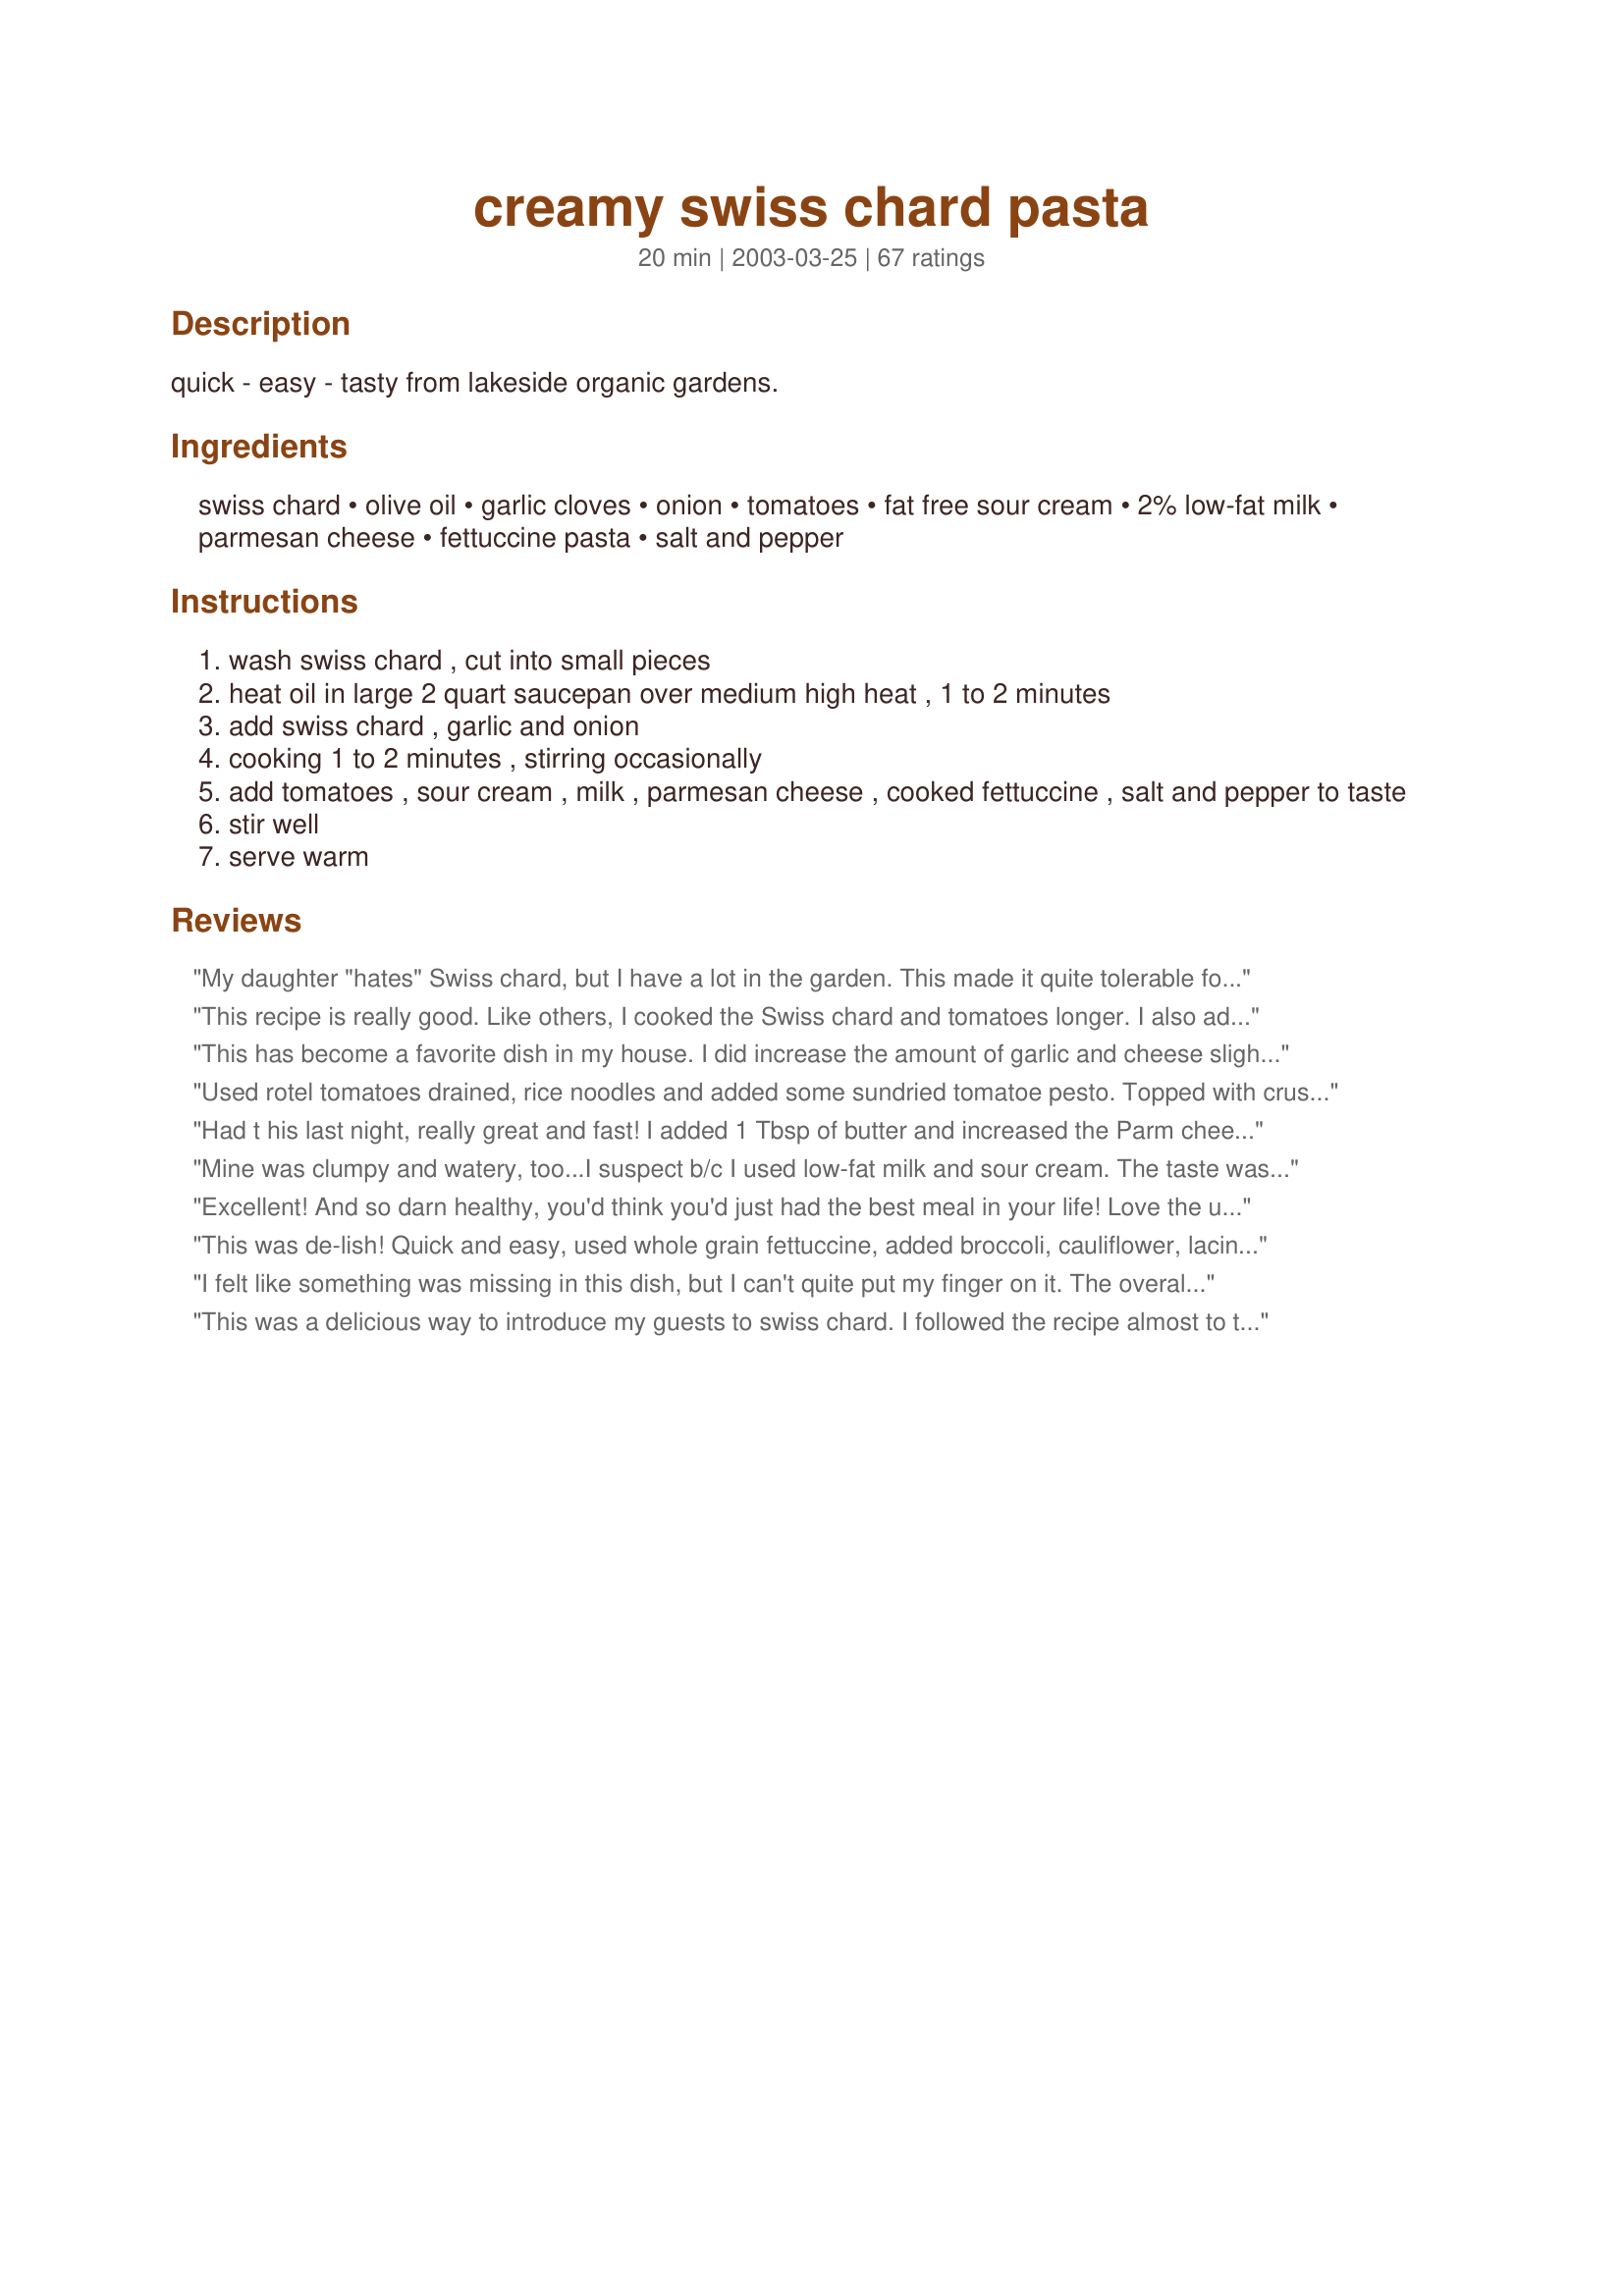
creamy swiss chard pasta
Preparation time: 20 minutes

quick - easy - tasty from lakeside organic gardens.

Ingredients:
swiss chard, olive oil, garlic cloves, onion, tomatoes, fat free sour cream, 2% low-fat milk, parmesan cheese, fettuccine pasta, salt and pepper

Steps:
wash swiss chard , cut into small pieces
heat oil in large 2 quart saucepan over medium high heat , 1 to 2 minutes
add swiss chard , garlic and onion
cooking 1 to 2 minutes , stirring occasionally
add tomatoes , sour cream , milk , parmesan cheese , cooked fettuccine , salt and pepper to taste
stir well
serve warm

Reviews:
My daughter "hates" Swiss chard, but I have a lot in the garden. This made it quite tolerable for her! and the rest of us enjoyed it a lot! I used canned tomatoes (none in the garden yet...) and no milk. Used vegan sour cream as I had that on hand. Didn't measure too closely. Oh, and I kept the stems of the chard (chopped finely) - sauteed them with the onion for a little before adding anything else. I think the burner should be turned off before adding the sour cream...
This recipe is really good. Like others, I cooked the Swiss chard and tomatoes longer. I also added extra cheese. I also added a little bit of prosciutto ham which I thought was a good addition (I should note that I love prosciutto). I will definitely make this again,
This has become a favorite dish in my house. I did increase the amount of garlic and cheese slightly. A very easy and quick recipe to make and an easy way to get more dark, leafy greens into your family!
Used rotel tomatoes drained, rice noodles and added some sundried tomatoe pesto. Topped with crushed red pepper!
Had t his last night, really great and fast! I added 1 Tbsp of butter and increased the Parm cheese to 1/3 cup to level out the tanginess. Used 1/2 yogurt and 1/2 sour cream, whisked them w/ the cheese and then slowly added to the swiss chard mixture to keep sauce from breaking.
Mine was clumpy and watery, too...I suspect b/c I used low-fat milk and sour cream. The taste was good, though.
Excellent! And so darn healthy, you'd think you'd just had the best meal in your life! Love the use of swiss chard here, and the lovely use of fresh tomatoes! This is a great recipe that begs you to make it, and soon too! I followed this exactly, and seriously wouldn't change anything. Go ahead, enjoy all you want! Made for National Tomato Month, Diabetic Forum April 2012
This was de-lish! Quick and easy, used whole grain fettuccine, added broccoli, cauliflower, lacinato kale, extra onion and garlic. Hit the spot!
I felt like something was missing in this dish, but I can't quite put my finger on it. The overall effect was a little underwhelming. Maybe the tomatoes I used weren't good enough quality. Maybe it would have helped to add the dairy separately or something. Points for being easy and healthy though! Probably won't make this one again
This was a delicious way to introduce my guests to swiss chard. I followed the recipe almost to the letter, though I used "European style" yogurt instead of sour cream. I found it was a little too watery, so next time I might add more yogurt (sour cream) and less milk. Thanks for sharing a winner!
Yummy, I made this tonight for dinner and it was soooooo good.I used chard and roasted tomatoes from my freezer. The combination of flavors is terrific. It's also a quick dinner to put together. Will go in my meal rotation.
I'm sorry but I had to make so many changes that my review would not be fair.<br/><br/>I am at about 97 percent of always making any recipe exactly as written the first time.<br/><br/>I could not do it with this one. <br/><br/>First, about the Swiss Chard, harvested from my garden 10 min before cooking. I cooked it more than three times longer than suggested. It was still a bit tough. and yes, it was harvested at a young age.<br/><br/>Next, I only had full fat sour cream, and I am very happy that is what I used.<br/><br/>I'm no going to go into any more detail. <br/><br/>I totally appreciate the bones of this recipe, so it does deserve at least a 4. <br/><br/>Next time, in addition to the changes above, I will precook the chard, continue to use full fat sour cream and 4%milk.<br/><br/>I honestly don't know why the chard insists on becoming clumps, but mine did as well, despite efforts to prevent that.<br/><br/>Overall, I really did appreciate this recipe, a brand new idea for me and great thinking on the part of the creator of the recipe.
We really enjoyed this. What a great way to use swiss chard. I used tomatoes fresh from the garden! We will definitely have it again and I will play with some additional spices/flavorings
Delicious! I used penne because that is what I had and added some red pepper flakes. I served it as a side dish.
I loved this. I used red chard instead of swiss and 7% sour cream instead of fat free but followed the recipe otherwise. This will be made often at my house.
Delightful change. Slightly creamy (I used 1/8 of cup sour cream and 1/4 cup of whole milk) packed with a slight onion-garlic vege crunch. Thank you for this recipe, it was worth a try. Yum.
I thought it was rather bland.
I was pleasantly surprised with this recipe. I've never had swiss chard before and a friend gave me some out of his garden so I wanted to try it & this recipe fit the bill. The only thing I did different was add shrimp because I had some in the fridge that I needed to cook up. DH said it was OK but he didn't care for "the green stuff". Oh well can't please everyone:-)
Nice simple, tasty recipe. The longer it cooks, the better it tastes. Yum! and Thank you! Oh, I must mention used greek yogurt instead of sour cream...i&#039;m addicted! Dont&#039; forget the salt and pepper!
I goofed and measured the chard AFTER I took the vein out - there was a TON of it! I had to add more sauce as a result, but the taste was out of this world.
I love this pasta dish! I did cook the chard a little longer than called for and the tomatoes too. All the flavors tasted great and it looked so pretty! I added just a little more sour cream too. Thanks for a dish I will definately make again!!!
This was GREAT! My husband, kids and I loved it. I used greek yogurt, and added extra parmesan on top at the table. Thank you for this healthier, yet super tasty pasta dish. It is now a staple meal for us.
Good idea and the veggies turned out great. However, the sauce was a disaster for me. The cheese stayed in stringy clumps and the yogurt just fell apart into liquid and chunks. Next time I would use a Bechemel sauce base and melt cheese into it.
I messed up but it still came out fantastic! I didn't realize I ran out of sour cream so I freaked! I had already chopped everything so I found some cream cheese and table cream in my fridge. I softened 4 oz. of cream cheese and mixed in about 1/2 c. cream till smooth. I did use my stalks cause I had a mix of bright lights chard (orange, yellow, red) to pretty to not use. I chopped stems up fine and cooked them with onion and garlic for about 5 min first. I put in a little of the pasta water to help steam them through. Then I added the chopped green parts and also added a couple of tablespoons pasta water and steamed those. Threw in tomatoes with some s & p. Then tossed in the pasta with another ladle or so full of pasta water (helps thicken sauce) Stirred in about 3/4 c. parmesan cheese and then added cream cheese/table cream mix and stirred completely. I used some bowtie pasta since I didnt have fettuccine and I ended up with a super rich and creamy sauce. We loved it and I would make it this way again--but first I would love to try the original way and plan to very soon. Thanks for a recipe using chard. It is one of my favorite veggies! A+++++++
I am going to say that I liked this dish, but did not love it. My husband who is really picky tried it but was unhappy with no meat and was freaked out by the chard. It was our first time eating it. If I ever get to make it again I am going to leave out the leafy part of the swiss chard I felt like it just clumped up in the cheese. Overall I think this is a pretty good summer pasta recipe.
Delicious recipe! I was not sure what to do when I got Swiss chard in my CSA bin, but this was fabulous, my husband asked to add it to our meal rotation. I used Greek yogurt and topped it with grilled chicken.
This is my new favourite way to use up all the swiss chard in my garden! I used the stems too and didn't even chop them all that small. I doubled the garlic and added it at the end of the sauteing to keep it pungent. I didn't have tomatoes on hand so I used 2 tbsp of tomato paste instead. Still super tasty!
This was perfect we have a lot of swiss chard and what a great different way to use it thanks
Luv Luv Luv this dish! I&#039;m a vegan and have made this recipe many times, always with rave reviews from my guests. The substitutions I make are whole wheat farfalle (butterfly) pasta, vegan sour cream and vegan grated parmesan. In fact, it&#039;s become a comfort food for me!
Wonderful! I had some left over cooked bacon that I cut up and added toward the end of cooking. Used greek yogurt in place of sour cream and fresh tomatoes. Will make again for sure!
Good recipe. It was my first time using fettucine pasta - they are stunning ! I originally thought that 250g would not be enough to feed 4 people - we had almost too much !
This is a WONDERFUL way to make Swiss Chard. I used both the stem and leaf but chopped up the stem (like celery) and sauteed it for a while with the onion before adding the chopped leaves in toward the end (which cook up quickly like spinach). I made a double batch and the entire family - young and old - loved the result (as evidenced by the fact that every last bite was devoured!) Thank you Derf!
Absolutely delicious! I substituted heavy cream in place of the milk and added some fresh mushrooms. My family loved it!!
Tasty, versatile recipe! You can add some other veggies and make it even more interesting. I tried it with asparagus and yellow bell pepper (in addition to the chard). Yummy!!
Guess I goofed to as we did the same thing - weighed the 1 lb of chard after taking vein out. We used plain yogurt and should have added more sauce ingredients as definitely not creamy and the chard really gumped up. But will give it another shot as swiss chard has become a fav this harvest and this recipe quick and easy .
We loved this! Everything was perfect, this will definitely be going into my keeper file. Thanks for sharing!
I would give this recipe ten stars if I could....
The freshness of the sauteed chard and the addition of the tomatoes at the end are so incredible! I must admit that I used low-fat sour cream, added an extra clove of garlic (I am a junkie) and only had grape tomatoes but man alive was it delicious!!!! What a fantastic recipe! Thank you for sharing! Even my two year old daughter is gobbling it up! Yay!
I made this the other day because I had fresh swiss chard from our CSA box and had no idea what to do with it - it was delicious!! I gobbled it up! I loved that the tomatoes weren't cooked through (i'm not a fan of cooked tomatoes) ... You could add all kinds of other veggies to this too. Thanks for a keeper!
Yum! Will make this again! Everyone in our family loved it! Thanks!
I really liked this. It was a bit bland for me ( your mileage my vary ! ) so I added salt / pepper / hot pepper flakes and a good shake of curry powder on my portion. I used whole wheat pasta and I added a can of chickpeas to up the protein. This was SUPER EASY / QUICK / and HEALTHY. Surprisingly my picky 13 year old ate a whole bowl of this instead of a frozen pizza - I think the mild spice worked in his favor. Thanks I will be putting this in my regualr rotation
This is a great way to be introduced to swiss chard. Never had it before, but for some reason we decided to plant it in the garden. This was tasty and deliciousl.
very tasty. i didn't want the sauce to be wet so i used greek yogurt and only added enough heavy cream (it was what i had) to thin out the sauce. i added lemon juice and parsley. i used red chard. it did make the sauce pink-ish like a vodka sauce. i used whole wheat penne and added dried chili flake at the end. the husband really liked it an had seconds.
Although a very nice tasting dish, the sauce was a little thin. I think the next time I make it, I will omit the milk and add more cheese. Other than that, a very nice dish.
After reading the reviews, I decided to add some things to prevent it from turning out bland. I doubled the garlic, doubled the onion, added a chopped red bell pepper added 1 tablespoon of butter. We also used 1/2 yogurt and 1/2 sour cream. It still came out very bland and also very soupy. I won't make this one again.
From some reviews, it seems many don&#039;t know that cooking chard or beet greens, the key is to separate stem from leaf, and chop both into 1-inch pieces (learned from Rachel Ray). The stems need to be cooked 2-3 times longer than the leaves. In this recipe, I sauted the stems with the onion and garlic until tender, then added the leaves for 1-2 minutes. This is a good basic recipe, but IMO it was rather bland and needed something to give it a little &quot;snap&quot;. I added 2 tsp. lemon juice, 1 T. minced fresh basil, 1 tsp. salt, and 1/2 tsp. fresh ground pepper. This recipe lends itself to seasoning variation and is a definite keeper.
Easily veganized this recipe by substituting unsweetened soy milk for 2% milk and Tofutti sour cream for the result sour cream. I really liked it (4.5 stars) but my wife felt like it was missing a little something (maybe some lemon zest) and rates it a bit lower (3.5 stars).

This was an excellent way to use up some chard that we had no clue of what to do with. We'll likely try it again. Thanks so much!
Maybe I did something wrong, but the milk curdled the second I put it in. I think the tomatoes were acidic.
Lovely, simple dish that can be jazzed up or left as is. Thanks for another winner, Derf.
Loved it! I used red swiss chard after going to 2 stores and a veggie/fruit stand and that's all anyone had. I saw other's comments about a pink sauce. I didn't use any of the big veins or stem ( just the leaves ) and my sauce ended up the normal white color. I also added red pepper flakes at the end as other suggested and 2-3 extra cloves of garlic.
Made this dish for our once a week meatless meal. I used 1 lb of chard from my garden, but in the end result I should've used more cuz of the wilt factor & cuz I increased the amount of pasta. I made as directed except I added extra garlic & increased the sauce proportions. The sauce had a nice tangy flavor from the sour cream. Yummy recipe, Derf!
Excellent pasta dish, made half a recipe but added meatballs and feta cheese. Used fresh chard from the garden, I only had ten stocks and DH wishes more next time.
This is a fantastic recipe! Easy, quick, and absolutely delicious! I highly recommend it :)
This is my first time rating or trying a recipe from this site so please bare with me. This is a great pasta entree! My grandchildren thought it was delicious and asked for seconds so it was a huge success at dinner tonight. Thank you for this one!
I joke that if the DH wants it again, it's a 5 star review. No joking. This was amazing. After reading all the reviews I was really worried about the clumping of the chard. (Also, it was my first time cooking/eating chard.) After making this dish, I'm of the belief that the reviewers who experienced "clumping" cooked the chard too long initially. I can really see how that could happen. This recipe was so easy, fun to make and fairly healthy! I served it with some garlic bread. Sooo yummy!
delicious. I did however use red chard and it turned the pasta pink, the color make scare some people off but my 4 yr. old daughter thought it was all that much better because of it being pink.
This was a very colorful and healthy dish. The red of thetomatoes contrasted nicely with the green swiss chard. I salted the water that the pasta cooked in, so I did not need to add any salt at the end.
Great flavor, nice and fresh. I used greek yogurt, followed the recipe exactly. Most definitely take off the heat if you are going to use yogurt, mine clumped up pretty good, made the sauce much thinner. Will make again, but next time I will use less milk (about half) and remove from the heat before adding yogurt. Great way to use my farmers market chard, will look for it next week. Will do this recipe again for sure.
Great alternative to spaghetti in the summer. This dish was a hit with my vegetarian daughter as well as my meat-loving husband. We added a little more garlic and parmesan.
This was really good and my whole family liked it. Instead of fettuccine I used cheese tortellini. It was delicious and made the meal a little heartier. Since there was cheese in the tortellini I left it out of the sauce and just served it at the table as a topping. I also added salt and pepper, extra garlic and onion, and I used a can of diced tomatos (drained) instead of fresh.
My whole family enjoyed this even my six year old. Next time might try fusilli to better hold the sauce. It was creamy and mild but my husband added dried chillies to his plate and it was delicious.
Outstanding, Derf. Loved everything about this recipe; taste, appearance, sweetness of the chard, tang of the yogurt and ease and time to make. This is definitely going to be repeat at our house. I'm delighted to have an excellent recipe to use my garden-fresh chard in.
I love using fresh veggies from my garden and this receipe used my chard and tomatoes, yummy:)
The taste on this was unbelievable--even my picky husband was ranting and raving about it. Next time I would do a couple things different. First, recognize that the sauce is watery, period, and accept it. It doesn't hurt the dish at all. Second, don't overcook the chard; it turns all shrivelled up and is less appealing. Third, save the parmesan cheese for adding at the end.

HERE'S HOW I MADE IT: I used canned whole tomatoes instead of fresh; full fat sour cream (creme fraiche, actually); whole milk; and fusilli pasta--it held the watery sauce quite well.

This is a DEFINITE winner for chard--the best recipe I have yet!
Fantastic fresh flavors. Made as written, I love that it's a lighter, yet full-flavored cream sauce. Thanks for sharing!
This turned out really nice and flavorful! I doubled the garlic and pressed it. I used 1/4 cup yellow onion and 1/4 cup red onion. Stirred in about 3/4 cup greek yoghurt. I used freshly grated parmesan on top after I added recipe#23775 to the finished dish. Made for a great dinner with a cucumber salad and garlic bread sticks.
I thought this was a very nice pasta dinner. Pretty healthy for us too. The man didn't even complain about there being no meat. I used some frozen swiss chard I had from my garden and I would think it would be even better with fresh. I will definately have to remember this one in the summer. I think I may increase the amount of sour cream and milk to give it more sauce and maybe more garlic, but I am a big fan of garlic and that is a personal preference. Thanks Derf for a great dinner!
Great dish. I used whole wheat linguine, canned tomatoes, fat free yogurt, and skim milk. I also sliced the onion rather than chopping. It was my first time using and tasting swiss chard. It isn't my favorite but was still good. I didn't take off any stars for that tho since the recipe was wonderful and I will be making this again using another leaf. I think spinach would be nice as would arugula or escarole. Bok choy might also be nice here. I can't wait to try different greens. Thanks for posting.
